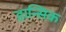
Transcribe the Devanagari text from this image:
हान्सिक